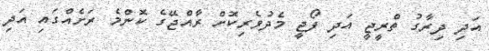
އަދި ދިރާގު ތްރީޖީ އަދި ފޯޖީ މެދުވެރިކޮށް ރާއްޖޭގެ ކޮންމެ ރަށެއްގައި އަދި